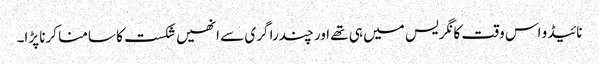
نائیڈو اس وقت کانگریس میں ہی تھے اور چندرا گری سے انھیں شکست کا سامنا کرنا پڑا۔